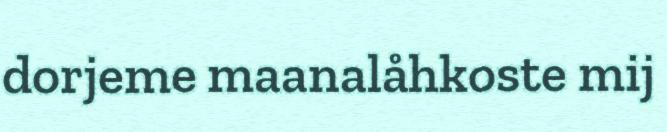
dorjeme maanalåhkoste mij